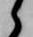
候